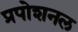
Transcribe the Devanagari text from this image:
प्रपोशनल